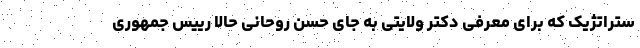
ستراتژیک که برای معرفی دکتر ولایتی به جای حسن روحانیِ حالا رییس جمهوری